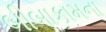
બીબાકામના